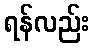
ရန်လည်း